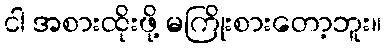
ငါ အစားထိုးဖို့ မကြိုးစားတော့ဘူး။